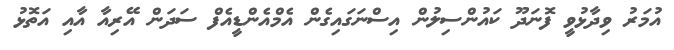
އުމަރު ވިދާޅުވީ ފޮނަދޫ ކައުންސިލުން އިސްނަގައިގެން އެމްއެންޑީއެފް ސަދަން އޭރިއާ އާއި އަތޮޅު